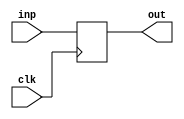
module registerNbits #(parameter N = 8) (clk, inp, out);
	input clk;
	output reg [N-1:0] out;
	input [N-1:0] inp;
	always @(negedge clk)
		begin
			out = inp;
		end
endmodule

module booth_multiplier(in1,in2,clk,rst,out);


input [23:0]in1,in2;
input clk,rst;
output reg [47:0]out;

// m: in1 q:n2
reg [31:0]a,m,q;

reg q0;

always @(negedge clk) begin
	if(rst)begin
		a = 0;
		m = in1;
		q = in2;
		q0 = 0;
	end else begin
		//q=0;

		if({q[0],q0} === 2'b10)begin
			a = a - m;
		end else if({q[0],q0} === 2'b01)begin
			a = a + m;
		end

		q0 = q[0];
		q = q>>1;

		q[31] = a[0];
		a = a>>1;
		a[31] = a[30];
	end
	out = {a,q};

end

endmodule

module floatMultiplier(a,b,result,exception,overflow,underflow,clk,reset);
input clk,reset;
input [31:0] a,b;
output [31:0] result;
output exception,overflow,underflow;

wire sign, round , normalised , zero;
wire [8:0] exponent,sumExponent;
wire [22:0] productMantissa;
wire  [23:0] MantissaA,MantissaB;
wire [47:0] product,productNormalised; 


assign sign =((a==0 | b==0))?0: a[31] ^ b[31];

assign exception = (&a[30:23]) | (&b[30:23]);  // Execption sets to 1 when exponent of any a or b is 255
// If exponent is 0, hidden bit is 0        

assign sumExponent =(a==0 | b==0)?0:  a[30:23] + b[30:23];

booth_multiplier mult(MantissaA,MantissaB,clk,reset,product);
//assign product = MantissaA * MantissaB;

assign MantissaA = (|a[30:23]) ? {1'b1,a[22:0]} : {1'b0,a[22:0]};
assign MantissaB = (|b[30:23]) ? {1'b1,b[22:0]} : {1'b0,b[22:0]};

// Multiplier Using 
//assign product = MantissaA * MantissaB;  

assign round = |productNormalised[22:0];                      

assign normalised = (product[47] == 1'b1) ? 1'b1 : 1'b0;  

assign exponent = sumExponent - 8'd127 + normalised;
// assign exponent = sumExponent - 8'd127 + product[47];

assign productNormalised = normalised ?   product : product << 1 ;                // Normalized value based on 48th bit

assign productMantissa = productNormalised[46:24] + (!productNormalised[23] & round);           // Mantissa
//assign productMantissa = productNormalised[47:25] + (productNormalised[2] & round); 

//assign zero = exception ? 1'b0 : (productMantissa == 23'd0) ? 1'b0 : 1'b0;
assign overflow = ((exponent[8] & !exponent[7]) ) ;                   // Overall exponent is greater than 255 then Overflow
assign underflow = ((exponent[8] & exponent[7]) ) ? 1'b1 : 1'b0;               // Sum of exponents is less than 255 then Underflow

assign result = exception ? 32'd0 : overflow ? {sign,8'hFF,23'd0} : underflow ? {sign,31'd0} : {sign,exponent[7:0],productMantissa};

/*
assign product = op_a * op_b;                          // Product
assign round = |product_normalised[22:0];                        // Last 22 bits are ORed for rounding off purpose
assign normalised = product[47] ? 1'b1 : 1'b0;  
assign product_normalised = normalised ? product : product << 1;                // Normalized value based on 48th bit
assign product_mantissa = product_normalised[46:24] + (product_normalised[23] & round);           // Mantissa
assign zero = exception ? 1'b0 : (product_mantissa == 23'd0) ? 1'b1 : 1'b0;
assign sum_exponent = a[30:23] + b[30:23];
assign exponent = sum_exponent - 8'd127 + normalised;
assign overflow = ((exponent[8] & !exponent[7]) & !zero) ;                   // Overall exponent is greater than 255 then Overflow
assign underflow = ((exponent[8] & exponent[7]) & !zero) ? 1'b1 : 1'b0;               // Sum of exponents is less than 255 then Underflow
assign res = exception ? 32'd0 : zero ? {sign,31'd0} : overflow ? {sign,8'hFF,23'd0} : underflow ? {sign,31'd0} : {sign,exponent[7:0],product_mantissa};
*/


endmodule

module integrationMult (clk,reset,inputA,inputB,result,exception,overflow,underflow);
input clk,reset;

input [31:0] inputA, inputB;
output [31:0] result;

wire [31:0] A_reg;
wire [31:0] B_reg;
wire [31:0] outA_reg;

output exception,overflow,underflow;

registerNbits #(32)regA (clk,inputA, A_reg);
registerNbits #(32)regB (clk,inputB, B_reg);
// booth_multiplier mult (A_reg,B_reg,clk,reset,outA_reg);
floatMultiplier fb(.a(A_reg),.b(B_reg),.result(outA_reg),.exception(exception),.overflow(overflow),.underflow(underflow),.clk(clk),.reset(reset));
//booth_multiplier mult (inputA,inputB,clk,reset,result);
registerNbits #(32)outB (clk,outA_reg,result);

endmodule